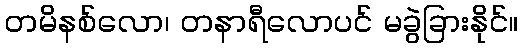
တမိနစ်လော၊ တနာရီလောပင် မခွဲခြားနိုင်။